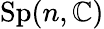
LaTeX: \mathrm{Sp}(n,\mathbb{C})